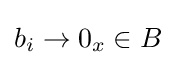
b_{i}\to 0_{x}\in B